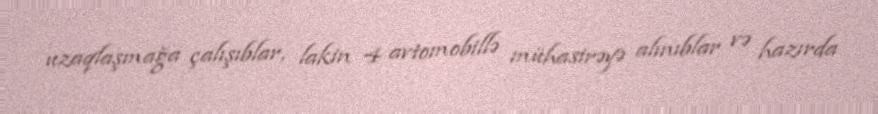
uzaqlaşmağa çalışıblar, lakin 4 avtomobillə mühasirəyə alınıblar və hazırda